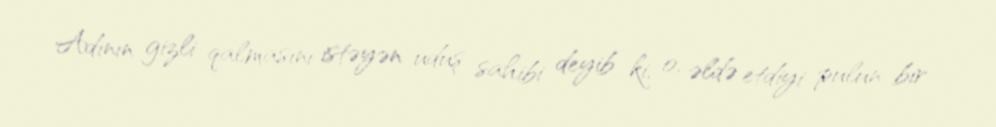
Adının gizli qalmasını istəyən uduş sahibi deyib ki, o, əldə etdiyi pulun bir